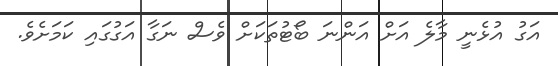
އަގު އުޅެނީ މާލެ އަށް އަންނަ ބޯޓުތަކަށް ވެސް ނަގާ އަގުގައި ކަމަށެވެ.